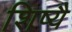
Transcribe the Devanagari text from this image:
शिष्यै